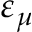
\varepsilon _ { \mu }